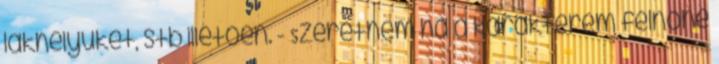
lakhelyüket, stb illetően. - Szeretném ha a karakterem felnőne